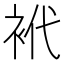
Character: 𰳴